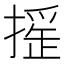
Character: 𢳸